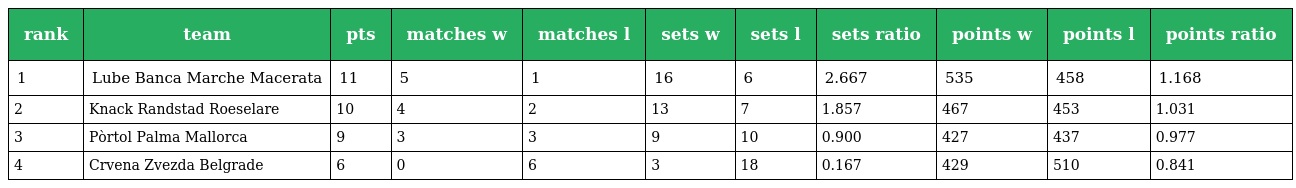
| rank | team | pts | matches w | matches l | sets w | sets l | sets ratio | points w | points l | points ratio |
 | --- | --- | --- | --- | --- | --- | --- | --- | --- | --- | --- |
 | 1 | Lube Banca Marche Macerata | 11 | 5 | 1 | 16 | 6 | 2.667 | 535 | 458 | 1.168 |
 | 2 | Knack Randstad Roeselare | 10 | 4 | 2 | 13 | 7 | 1.857 | 467 | 453 | 1.031 |
 | 3 | Pòrtol Palma Mallorca | 9 | 3 | 3 | 9 | 10 | 0.900 | 427 | 437 | 0.977 |
 | 4 | Crvena Zvezda Belgrade | 6 | 0 | 6 | 3 | 18 | 0.167 | 429 | 510 | 0.841 |